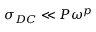
\sigma _ { D C } \ll P \omega ^ { p }